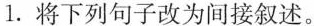
1.将下列句子改为间接叙述。